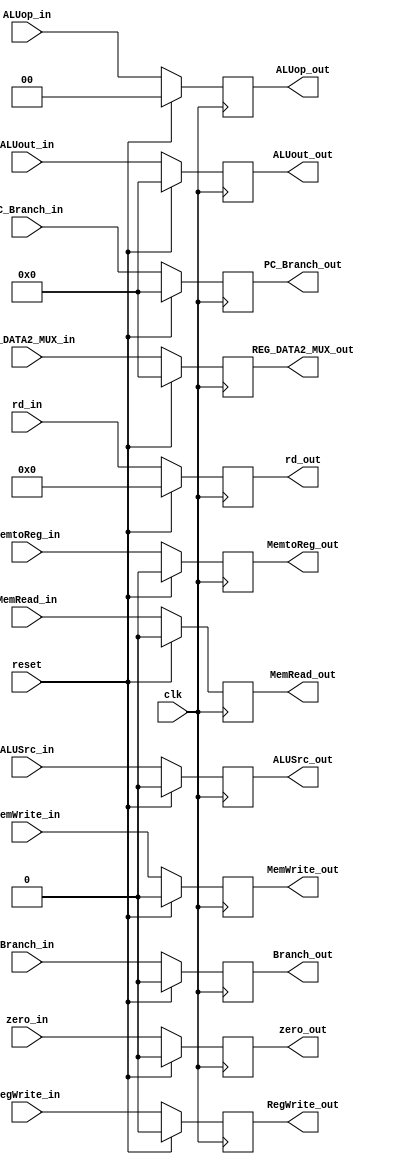
`timescale 1ns / 1ps
//////////////////////////////////////////////////////////////////////////////////
// Company: 
// Engineer: 
// 
// Design Name: 
// Module Name: EX_MEM_REGISTER
// Project Name: 
// Target Devices: 
// Tool Versions: 
// Description: 
// 
// Dependencies: 
// 
// Revision:
// Revision 0.01 - File Created
// Additional Comments:
// 
//////////////////////////////////////////////////////////////////////////////////


module EX_MEM_REGISTER(input clk,reset,
                       input zero_in,RegWrite_in,MemtoReg_in,MemRead_in,MemWrite_in,Branch_in,ALUSrc_in,
                       input [1:0] ALUop_in, 
                       input [4:0] rd_in,
                       input [31:0] PC_Branch_in,
                       input [31:0] ALUout_in,
                       input [31:0] REG_DATA2_MUX_in,
                       output reg zero_out,RegWrite_out,MemtoReg_out,MemRead_out,MemWrite_out,Branch_out,ALUSrc_out,
                       output reg [1:0] ALUop_out, 
                       output reg [4:0] rd_out,
                       output reg [31:0] PC_Branch_out,
                       output reg [31:0] ALUout_out,
                       output reg [31:0] REG_DATA2_MUX_out);

always@(posedge clk) begin
    if (reset) begin
        zero_out <= 1'b0;
        RegWrite_out <= 1'b0;
        MemtoReg_out <= 1'b0;
        MemRead_out <= 1'b0;
        MemWrite_out <= 1'b0;
        Branch_out <= 1'b0;
        ALUSrc_out <= 1'b0;
        ALUop_out <= 2'b0;
        rd_out <= 4'b0;
        PC_Branch_out <= 32'b0;
        ALUout_out <= 32'b0;
        REG_DATA2_MUX_out <= 32'b0;
    end
    else begin
        zero_out <= zero_in;
        RegWrite_out <= RegWrite_in;
        MemtoReg_out <= MemtoReg_in;
        MemRead_out <= MemRead_in;
        MemWrite_out <= MemWrite_in;
        Branch_out <= Branch_in;
        ALUSrc_out <= ALUSrc_in;
        ALUop_out <= ALUop_in;
        rd_out <= rd_in;
        PC_Branch_out <= PC_Branch_in;
        ALUout_out <= ALUout_in;
        REG_DATA2_MUX_out <= REG_DATA2_MUX_in;
    end
end
endmodule